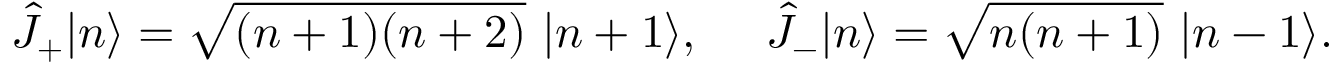
\hat { J } _ { + } | n \rangle = \sqrt { ( n + 1 ) ( n + 2 ) } ~ | n + 1 \rangle , ~ ~ ~ ~ \hat { J } _ { - } | n \rangle = \sqrt { n ( n + 1 ) } ~ | n - 1 \rangle .